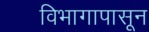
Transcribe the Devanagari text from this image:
विभागापासून